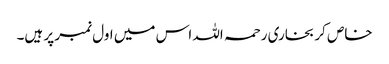
خاص کر بخاری رحمہ اللہ اس میں اول نمبر پر ہیں۔